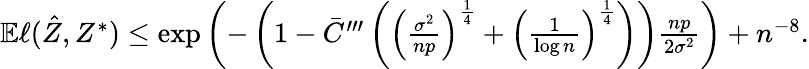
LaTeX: \begin{array}{r}{\mathbb{E}\ell(\hat{Z},Z^{*})\leq\exp\left(-\left(1-\bar{C}^{\prime\prime\prime}\left(\left(\frac{\sigma^{2}}{np}\right)^{\frac{1}{4}}+\left(\frac{1}{\log n}\right)^{\frac{1}{4}}\right)\right)\frac{np}{2\sigma^{2}}\right)+n^{-8}.}\end{array}